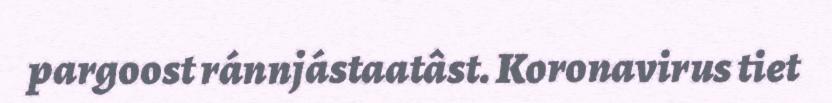
pargoost ránnjástaatâst. Koronavirus tiet